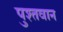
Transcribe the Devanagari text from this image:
पुश्तवान